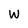
Character: W